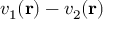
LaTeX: v _ { 1 } ( \mathbf { r } ) - v _ { 2 } ( \mathbf { r } )